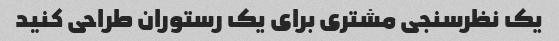
یک نظرسنجی مشتری برای یک رستوران طراحی کنید